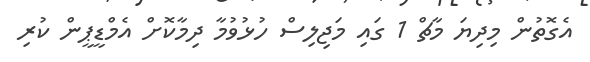
އެގޮތުން މިދިޔަ މާޗް 1 ގައި މަޖިލިސް ހުޅުވުމާ ދިމާކޮށް އެމްޑީޕީން ކުރި